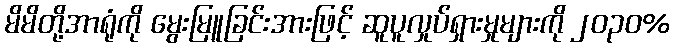
မိမိတို့အာရုံကို မွေးမြူခြင်းအားဖြင့် ဆူပူလှုပ်ရှားမှုများကို ၂၀၃၀%